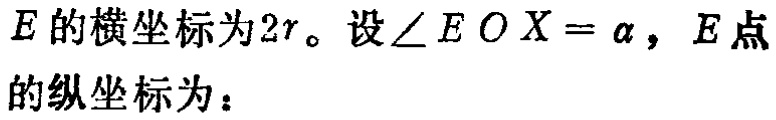
\(E\)的横坐标为\(2r\)。设\(\angle EOX = \alpha\)，\(E\)点的纵坐标为：